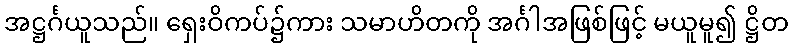
အဋ္ဌင်္ဂယူသည်။ ရှေးဝိကပ်၌ကား သမာဟိတကို အင်္ဂါအဖြစ်ဖြင့် မယူမူ၍ ဋ္ဌိတ